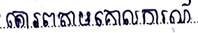
គោរពតាមគោលការណ៍